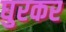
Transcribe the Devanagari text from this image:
घुरकर